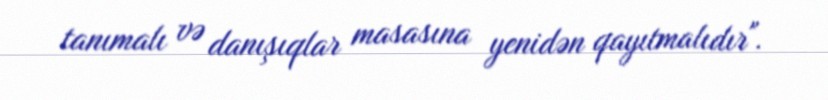
tanımalı və danışıqlar masasına yenidən qayıtmalıdır".